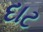
દાટ